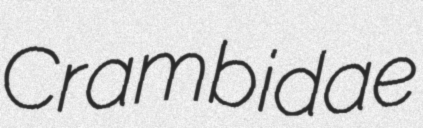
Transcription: Crambidae